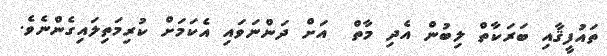
ތައުފީޤާއި ބަރަކާތް ލިބުން އެދި މާތް  އަށް ދަންނަވައި އެކަމަށް ކުރިމަތިލައިގެންނެވެ.